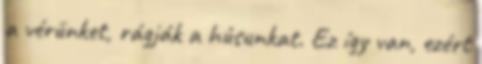
a vérünket, rágják a húsunkat. Ez így van, ezért